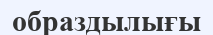
образдылығы